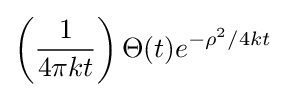
\left({\frac {1}{4\pi kt}}\right)\Theta (t)e^{-\rho ^{2}/4kt}